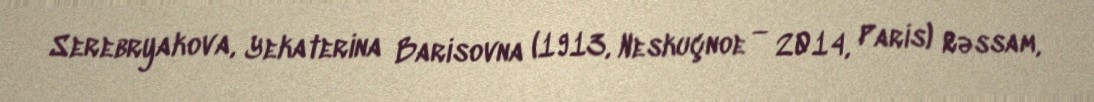
Serebryakova, Yekaterina Barisovna (1913, Neskuçnoe — 2014, Paris) Rəssam,